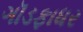
ગૉડફાધર